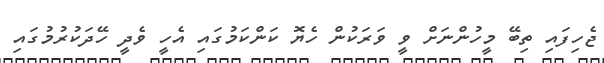
ޖެހިފައި ތިބޭ މީހުންނަށް ވީ ވަރަކުން ހެޔޮ ކަންކަމުގައި އެހީ ވެދީ ހޭދަކުރުމުގައި